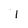
Character: i